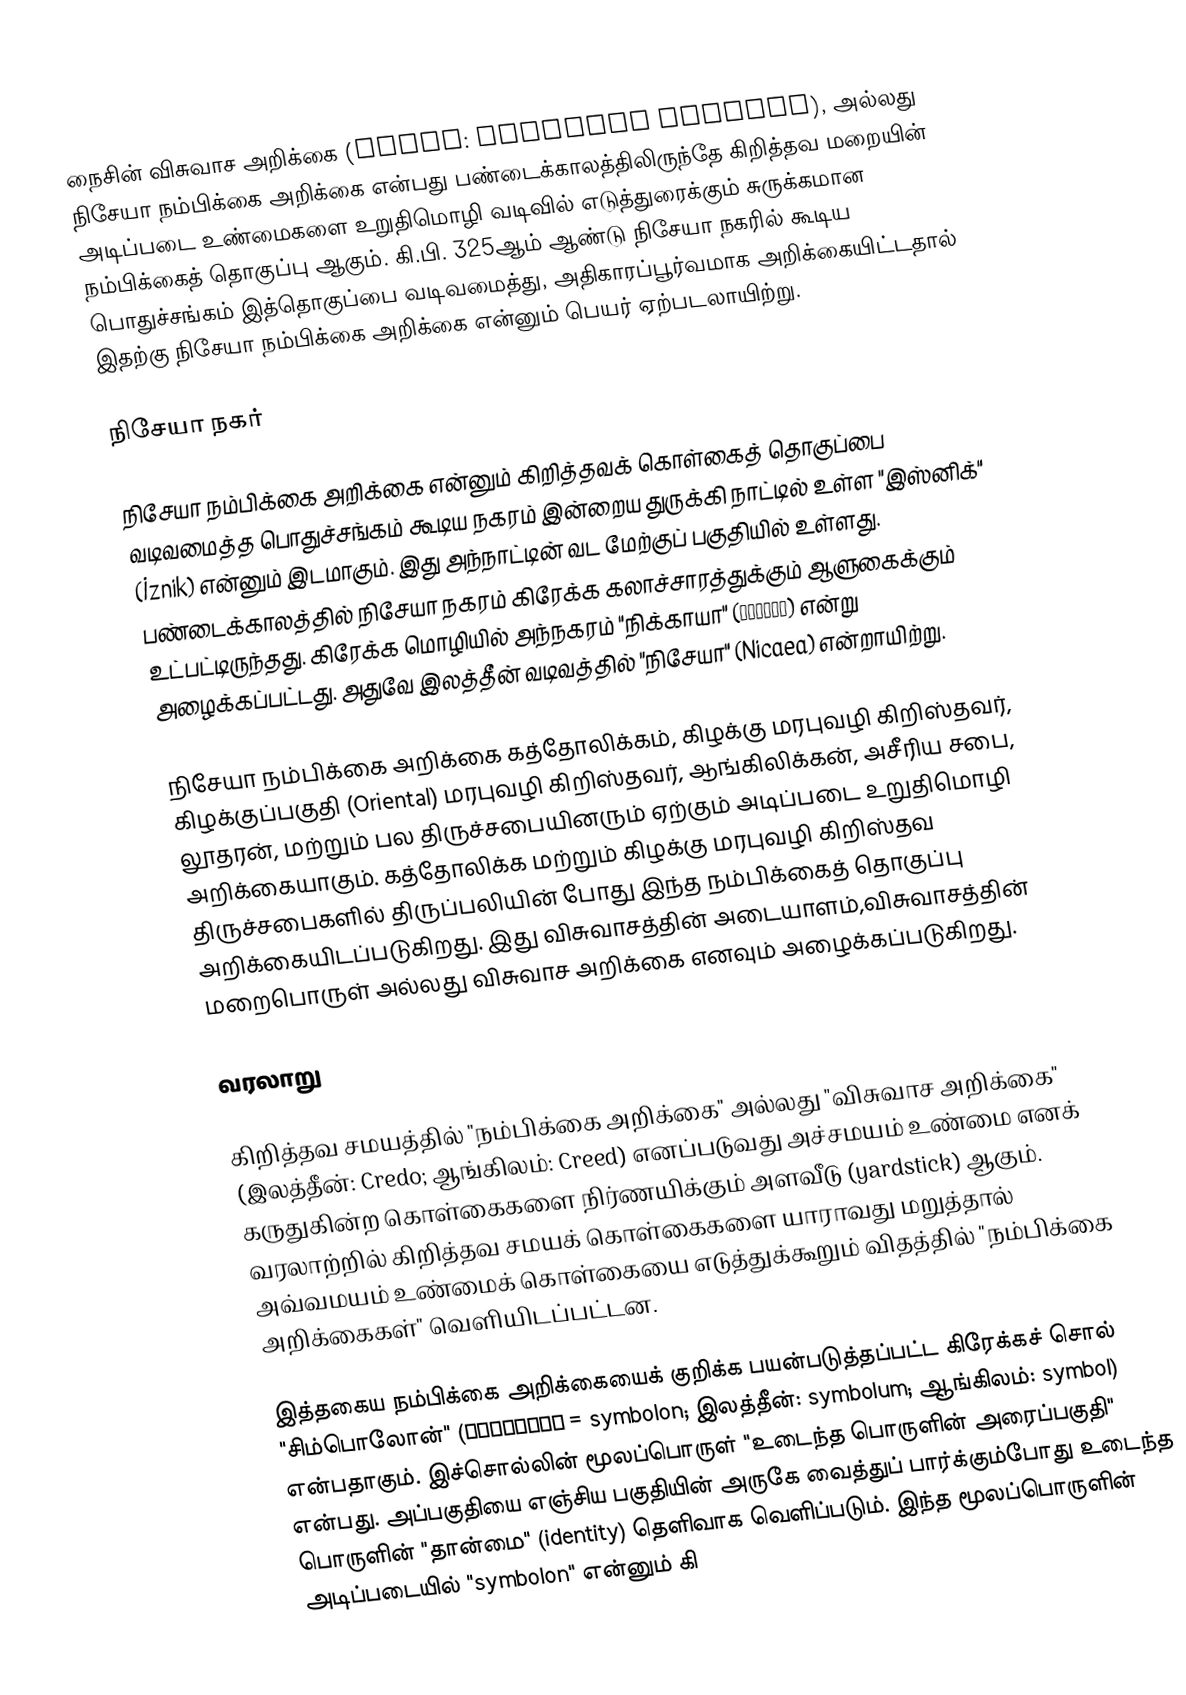
நைசின் விசுவாச அறிக்கை (Latin: Symbolum Nicenum), அல்லது நிசேயா நம்பிக்கை அறிக்கை என்பது பண்டைக்காலத்திலிருந்தே கிறித்தவ மறையின் அடிப்படை உண்மைகளை உறுதிமொழி வடிவில் எடுத்துரைக்கும் சுருக்கமான நம்பிக்கைத் தொகுப்பு ஆகும். கி.பி. 325ஆம் ஆண்டு நிசேயா நகரில் கூடிய பொதுச்சங்கம் இத்தொகுப்பை வடிவமைத்து, அதிகாரப்பூர்வமாக அறிக்கையிட்டதால் இதற்கு நிசேயா நம்பிக்கை அறிக்கை என்னும் பெயர் ஏற்படலாயிற்று.

நிசேயா நகர்

நிசேயா நம்பிக்கை அறிக்கை என்னும் கிறித்தவக் கொள்கைத் தொகுப்பை வடிவமைத்த பொதுச்சங்கம் கூடிய நகரம் இன்றைய துருக்கி நாட்டில் உள்ள "இஸ்னிக்" (İznik) என்னும் இடமாகும். இது அந்நாட்டின் வட மேற்குப் பகுதியில் உள்ளது. பண்டைக்காலத்தில் நிசேயா நகரம் கிரேக்க கலாச்சாரத்துக்கும் ஆளுகைக்கும் உட்பட்டிருந்தது. கிரேக்க மொழியில் அந்நகரம் "நிக்காயா" (Νίκαια) என்று அழைக்கப்பட்டது. அதுவே இலத்தீன் வடிவத்தில் "நிசேயா" (Nicaea) என்றாயிற்று.

நிசேயா நம்பிக்கை அறிக்கை கத்தோலிக்கம், கிழக்கு மரபுவழி கிறிஸ்தவர், கிழக்குப்பகுதி (Oriental) மரபுவழி கிறிஸ்தவர், ஆங்கிலிக்கன், அசீரிய சபை, லூதரன், மற்றும் பல திருச்சபையினரும் ஏற்கும் அடிப்படை உறுதிமொழி அறிக்கையாகும். கத்தோலிக்க மற்றும் கிழக்கு மரபுவழி கிறிஸ்தவ திருச்சபைகளில் திருப்பலியின் போது இந்த நம்பிக்கைத் தொகுப்பு அறிக்கையிடப்படுகிறது. இது விசுவாசத்தின் அடையாளம்,விசுவாசத்தின் மறைபொருள் அல்லது விசுவாச அறிக்கை எனவும் அழைக்கப்படுகிறது.

வரலாறு

கிறித்தவ சமயத்தில் "நம்பிக்கை அறிக்கை" அல்லது "விசுவாச அறிக்கை" (இலத்தீன்: Credo; ஆங்கிலம்: Creed) எனப்படுவது அச்சமயம் உண்மை எனக் கருதுகின்ற கொள்கைகளை நிர்ணயிக்கும் அளவீடு (yardstick) ஆகும். வரலாற்றில் கிறித்தவ சமயக் கொள்கைகளை யாராவது மறுத்தால் அவ்வமயம் உண்மைக் கொள்கையை எடுத்துக்கூறும் விதத்தில் "நம்பிக்கை அறிக்கைகள்" வெளியிடப்பட்டன.

இத்தகைய நம்பிக்கை அறிக்கையைக் குறிக்க பயன்படுத்தப்பட்ட கிரேக்கச் சொல் "சிம்பொலோன்" (σύμβολον = symbolon; இலத்தீன்: symbolum; ஆங்கிலம்: symbol) என்பதாகும். இச்சொல்லின் மூலப்பொருள் "உடைந்த பொருளின் அரைப்பகுதி" என்பது. அப்பகுதியை எஞ்சிய பகுதியின் அருகே வைத்துப் பார்க்கும்போது உடைந்த பொருளின் "தான்மை" (identity) தெளிவாக வெளிப்படும். இந்த மூலப்பொருளின் அடிப்படையில் "symbolon" என்னும் கி